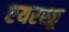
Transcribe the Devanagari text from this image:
एयरस्क्रू